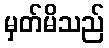
မှတ်မိသည်